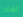
لماذا